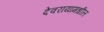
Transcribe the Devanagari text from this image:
देवरायांमधील